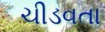
ચીડવતા